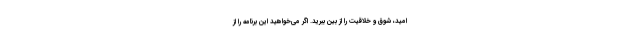
امید، شوق و خلاقیت را از بین ببرید. اگر می‌خواهید این برنامه را از